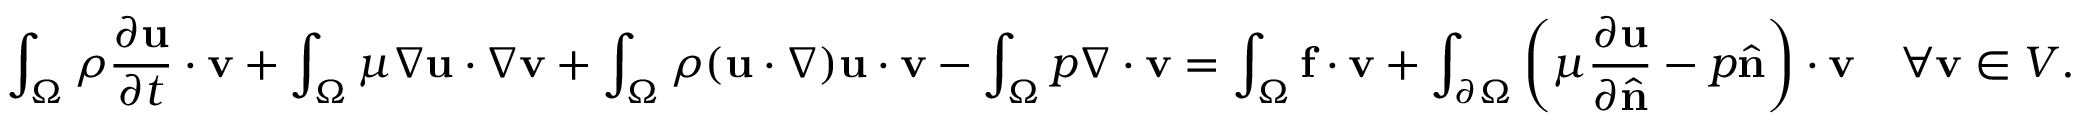
\int _ { \Omega } \rho { \frac { \partial \mathbf { u } } { \partial t } } \cdot \mathbf { v } + \int _ { \Omega } \mu \nabla \mathbf { u } \cdot \nabla \mathbf { v } + \int _ { \Omega } \rho ( \mathbf { u } \cdot \nabla ) \mathbf { u } \cdot \mathbf { v } - \int _ { \Omega } p \nabla \cdot \mathbf { v } = \int _ { \Omega } \mathbf { f } \cdot \mathbf { v } + \int _ { \partial \Omega } \left( \mu { \frac { \partial \mathbf { u } } { \partial { \hat { \mathbf { n } } } } } - p { \hat { \mathbf { n } } } \right) \cdot \mathbf { v } \quad \forall \mathbf { v } \in V .